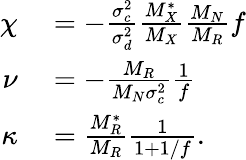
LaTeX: \begin{array}{rl}{\chi}&{{}=-\frac{\sigma_{c}^{2}}{\sigma_{d}^{2}}\frac{M_{X}^{*}}{M_{X}}\frac{M_{N}}{M_{R}}f}\\ {\nu}&{{}=-\frac{M_{R}}{M_{N}\sigma_{c}^{2}}\frac{1}{f}}\\ {\kappa}&{{}=\frac{M_{R}^{*}}{M_{R}}\frac{1}{1+1/f}.}\end{array}